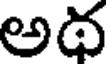
అథ